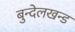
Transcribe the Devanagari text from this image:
बुन्देलखन्ड